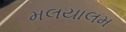
મલયાલમ